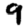
Digit: 9